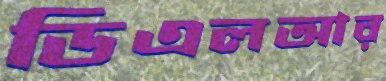
ডিএলআর